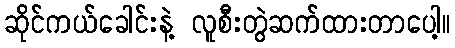
ဆိုင်ကယ်ခေါင်းနဲ့ လူစီးတွဲဆက်ထားတာပေါ့။